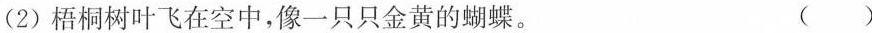
(2)梧桐树叶飞在空中，像一只只金黄的蝴蝶。 ()